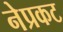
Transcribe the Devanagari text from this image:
नेप्रकट